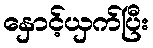
နှောင့်ယှက်ပြီး